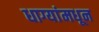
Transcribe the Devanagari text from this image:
धाग्यांमधून